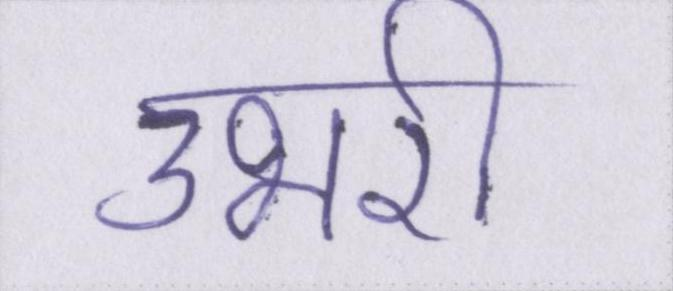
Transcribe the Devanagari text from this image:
उभरी